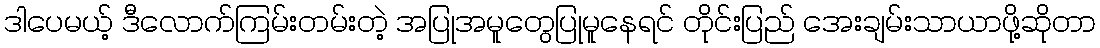
ဒါပေမယ့် ဒီလောက်ကြမ်းတမ်းတဲ့ အပြုအမူတွေပြုမူနေရင် တိုင်းပြည် အေးချမ်းသာယာဖို့ဆိုတာ